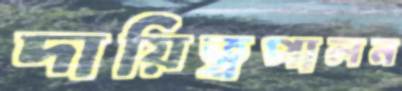
দায়িত্বপালন